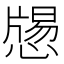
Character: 𢡕